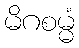
မိဂစမ္မံ